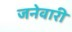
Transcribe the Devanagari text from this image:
जनेवारी